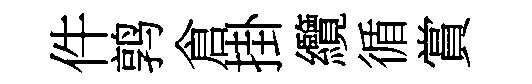
件鹑倉掛纜循賞